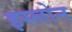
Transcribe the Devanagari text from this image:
इस्लोन